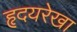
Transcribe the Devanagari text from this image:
हृदयरेखा